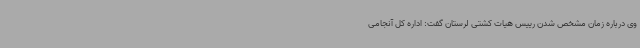
وی درباره زمان مشخص شدن رییس هیات کشتی لرستان گفت: اداره کل آنجامی